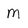
Character: M